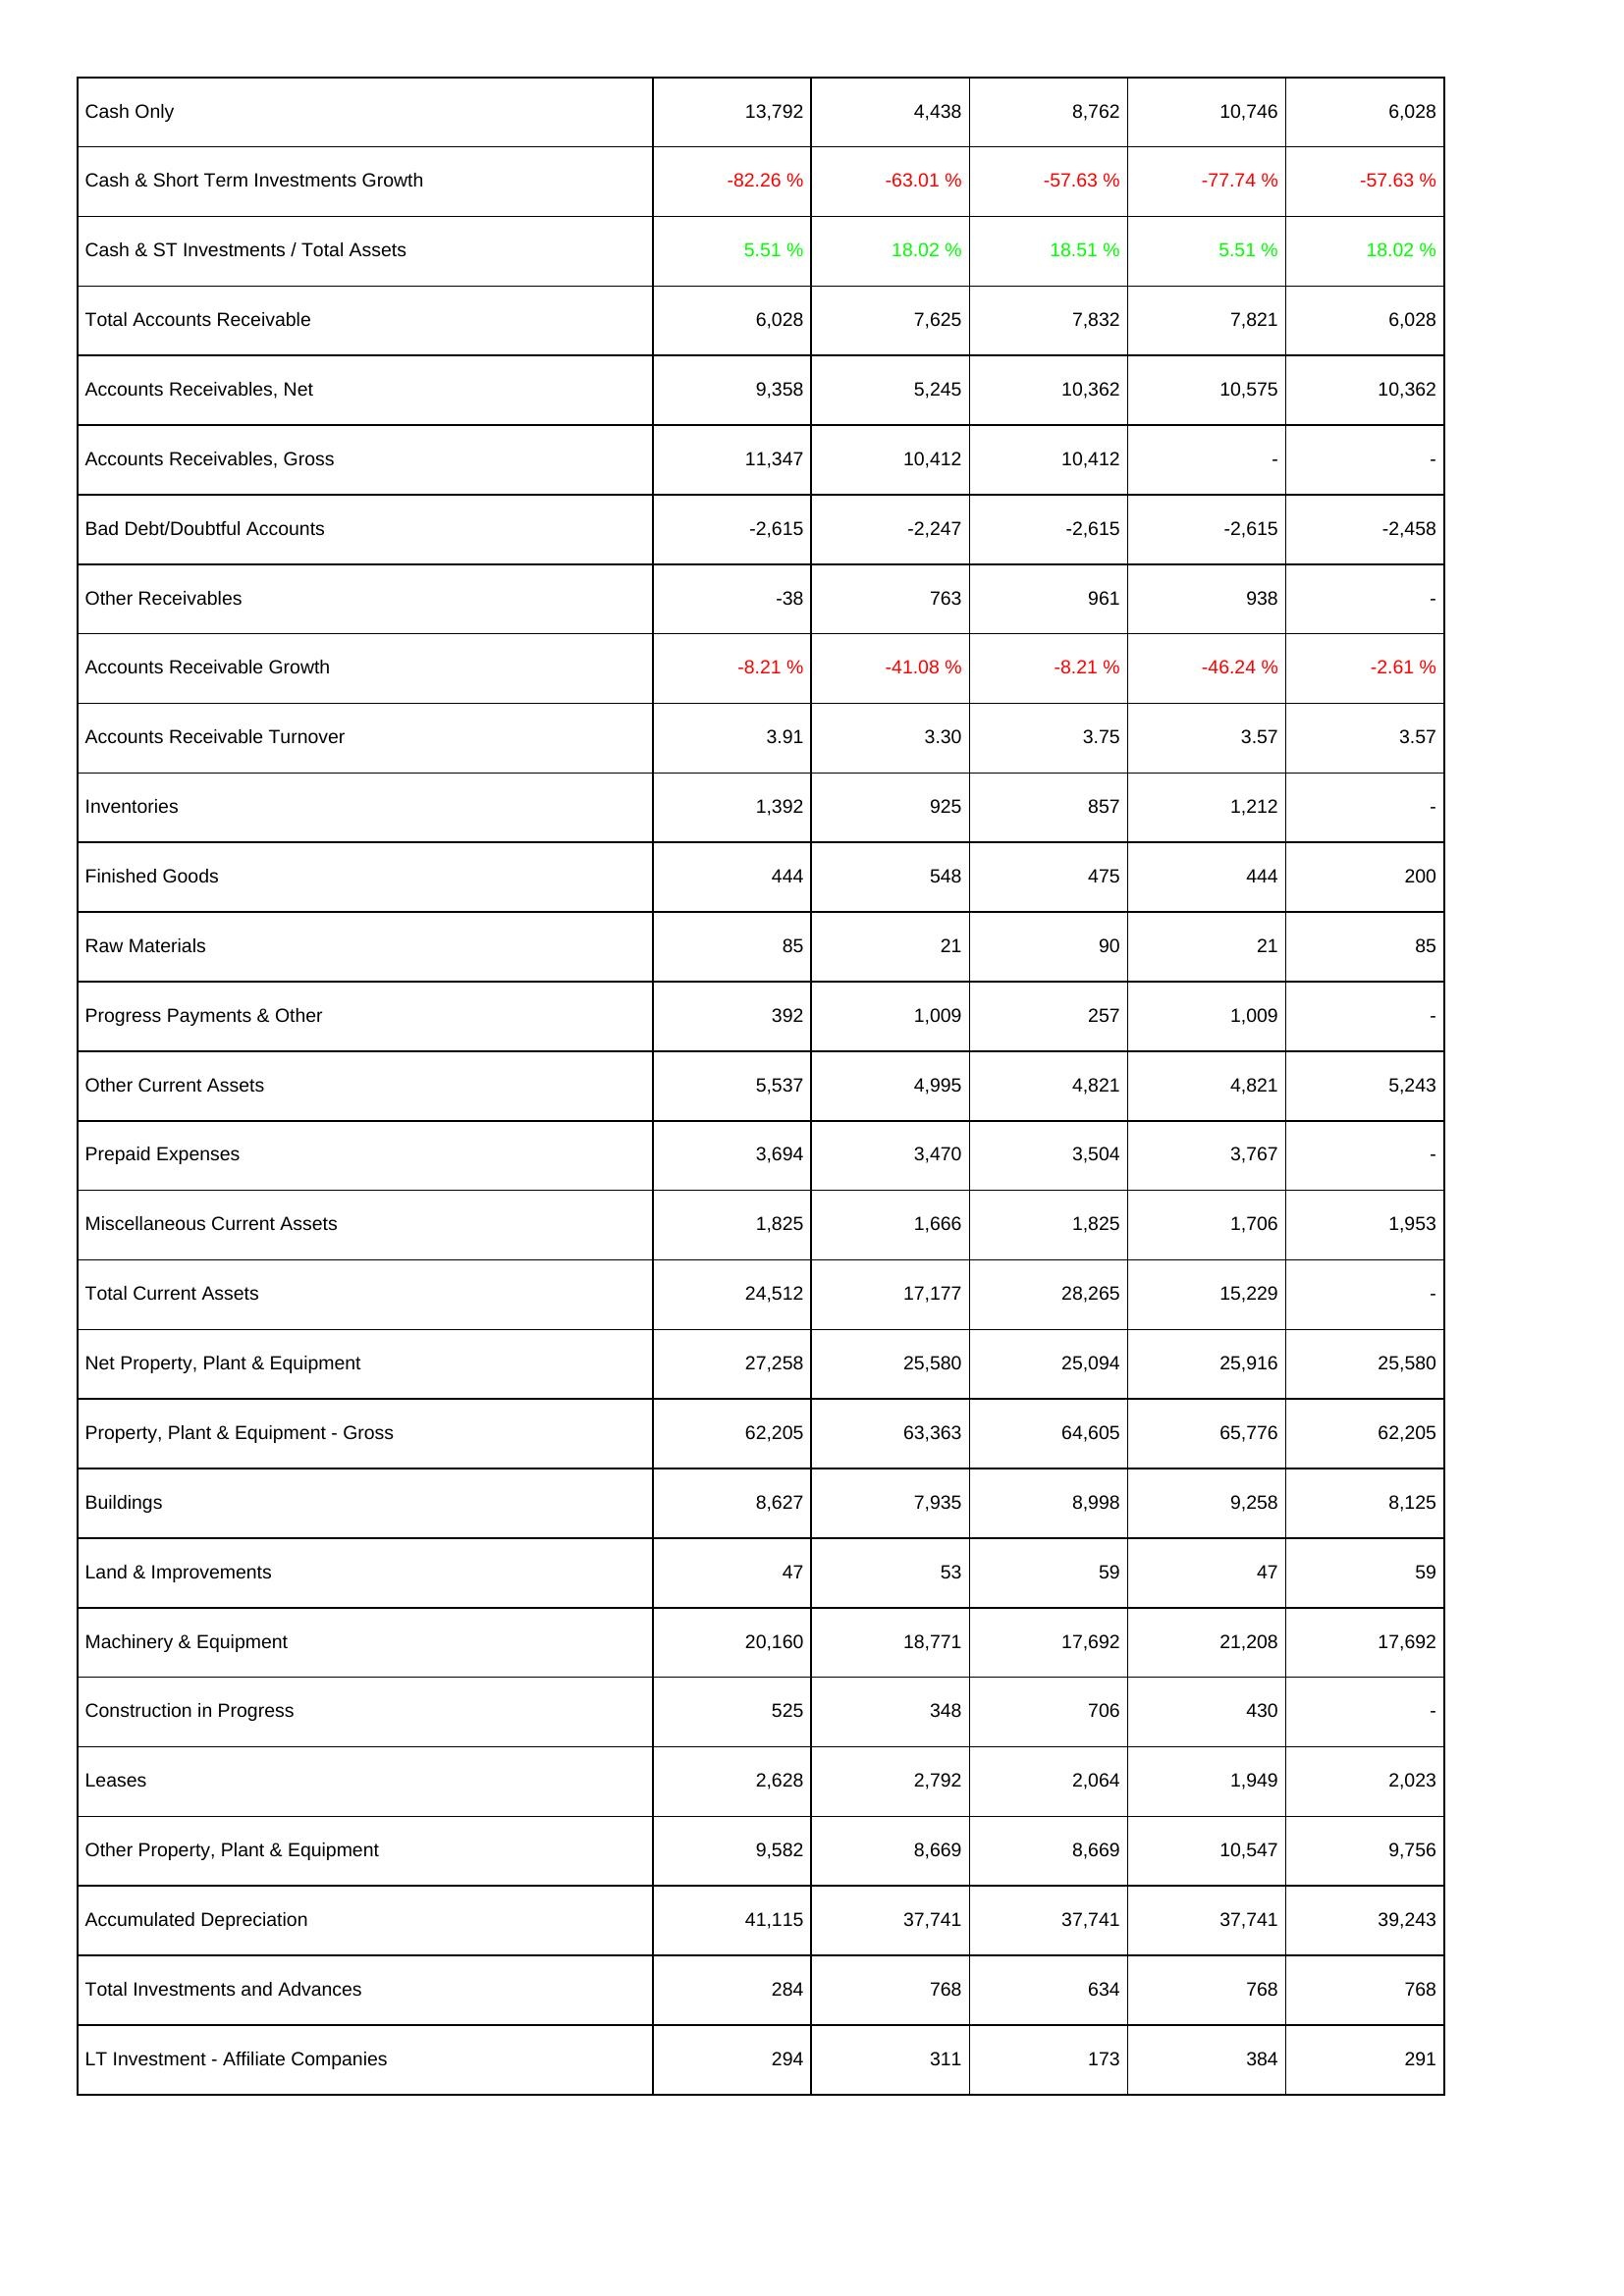
2009: Assets: Cash Only: 13,792
Cash & Short Term Investments Growth: -82.26 %
Cash & ST Investments / Total Assets: 5.51 %
Total Accounts Receivable: 6,028
Accounts Receivables, Net: 9,358
Accounts Receivables, Gross: 11,347
Bad Debt/Doubtful Accounts: -2,615
Other Receivables: -38
Accounts Receivable Growth: -8.21 %
Accounts Receivable Turnover: 3.91
Inventories: 1,392
Finished Goods: 444
Raw Materials: 85
Progress Payments & Other: 392
Other Current Assets: 5,537
Prepaid Expenses: 3,694
Miscellaneous Current Assets: 1,825
Total Current Assets: 24,512
Net Property, Plant & Equipment: 27,258
Property, Plant & Equipment - Gross: 62,205
Buildings: 8,627
Land & Improvements: 47
Machinery & Equipment: 20,160
Construction in Progress: 525
Leases: 2,628
Other Property, Plant & Equipment: 9,582
Accumulated Depreciation: 41,115
Total Investments and Advances: 284
LT Investment - Affiliate Companies: 294
2010: Assets: Cash Only: 4,438
Cash & Short Term Investments Growth: -63.01 %
Cash & ST Investments / Total Assets: 18.02 %
Total Accounts Receivable: 7,625
Accounts Receivables, Net: 5,245
Accounts Receivables, Gross: 10,412
Bad Debt/Doubtful Accounts: -2,247
Other Receivables: 763
Accounts Receivable Growth: -41.08 %
Accounts Receivable Turnover: 3.30
Inventories: 925
Finished Goods: 548
Raw Materials: 21
Progress Payments & Other: 1,009
Other Current Assets: 4,995
Prepaid Expenses: 3,470
Miscellaneous Current Assets: 1,666
Total Current Assets: 17,177
Net Property, Plant & Equipment: 25,580
Property, Plant & Equipment - Gross: 63,363
Buildings: 7,935
Land & Improvements: 53
Machinery & Equipment: 18,771
Construction in Progress: 348
Leases: 2,792
Other Property, Plant & Equipment: 8,669
Accumulated Depreciation: 37,741
Total Investments and Advances: 768
LT Investment - Affiliate Companies: 311
2011: Assets: Cash Only: 8,762
Cash & Short Term Investments Growth: -57.63 %
Cash & ST Investments / Total Assets: 18.51 %
Total Accounts Receivable: 7,832
Accounts Receivables, Net: 10,362
Accounts Receivables, Gross: 10,412
Bad Debt/Doubtful Accounts: -2,615
Other Receivables: 961
Accounts Receivable Growth: -8.21 %
Accounts Receivable Turnover: 3.75
Inventories: 857
Finished Goods: 475
Raw Materials: 90
Progress Payments & Other: 257
Other Current Assets: 4,821
Prepaid Expenses: 3,504
Miscellaneous Current Assets: 1,825
Total Current Assets: 28,265
Net Property, Plant & Equipment: 25,094
Property, Plant & Equipment - Gross: 64,605
Buildings: 8,998
Land & Improvements: 59
Machinery & Equipment: 17,692
Construction in Progress: 706
Leases: 2,064
Other Property, Plant & Equipment: 8,669
Accumulated Depreciation: 37,741
Total Investments and Advances: 634
LT Investment - Affiliate Companies: 173
2012: Assets: Cash Only: 10,746
Cash & Short Term Investments Growth: -77.74 %
Cash & ST Investments / Total Assets: 5.51 %
Total Accounts Receivable: 7,821
Accounts Receivables, Net: 10,575
Accounts Receivables, Gross: -
Bad Debt/Doubtful Accounts: -2,615
Other Receivables: 938
Accounts Receivable Growth: -46.24 %
Accounts Receivable Turnover: 3.57
Inventories: 1,212
Finished Goods: 444
Raw Materials: 21
Progress Payments & Other: 1,009
Other Current Assets: 4,821
Prepaid Expenses: 3,767
Miscellaneous Current Assets: 1,706
Total Current Assets: 15,229
Net Property, Plant & Equipment: 25,916
Property, Plant & Equipment - Gross: 65,776
Buildings: 9,258
Land & Improvements: 47
Machinery & Equipment: 21,208
Construction in Progress: 430
Leases: 1,949
Other Property, Plant & Equipment: 10,547
Accumulated Depreciation: 37,741
Total Investments and Advances: 768
LT Investment - Affiliate Companies: 384
2013: Assets: Cash Only: 6,028
Cash & Short Term Investments Growth: -57.63 %
Cash & ST Investments / Total Assets: 18.02 %
Total Accounts Receivable: 6,028
Accounts Receivables, Net: 10,362
Accounts Receivables, Gross: -
Bad Debt/Doubtful Accounts: -2,458
Other Receivables: -
Accounts Receivable Growth: -2.61 %
Accounts Receivable Turnover: 3.57
Inventories: -
Finished Goods: 200
Raw Materials: 85
Progress Payments & Other: -
Other Current Assets: 5,243
Prepaid Expenses: -
Miscellaneous Current Assets: 1,953
Total Current Assets: -
Net Property, Plant & Equipment: 25,580
Property, Plant & Equipment - Gross: 62,205
Buildings: 8,125
Land & Improvements: 59
Machinery & Equipment: 17,692
Construction in Progress: -
Leases: 2,023
Other Property, Plant & Equipment: 9,756
Accumulated Depreciation: 39,243
Total Investments and Advances: 768
LT Investment - Affiliate Companies: 291